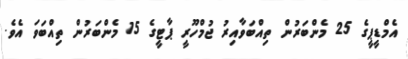
އެމްޑީޕީގެ 25 މެންބަރުން ތިއްބަވާއިރު ޖުމްހޫރީ ޕާޓީގެ 15 މެންބަރުން ތިއްބަވަ އެވެ.